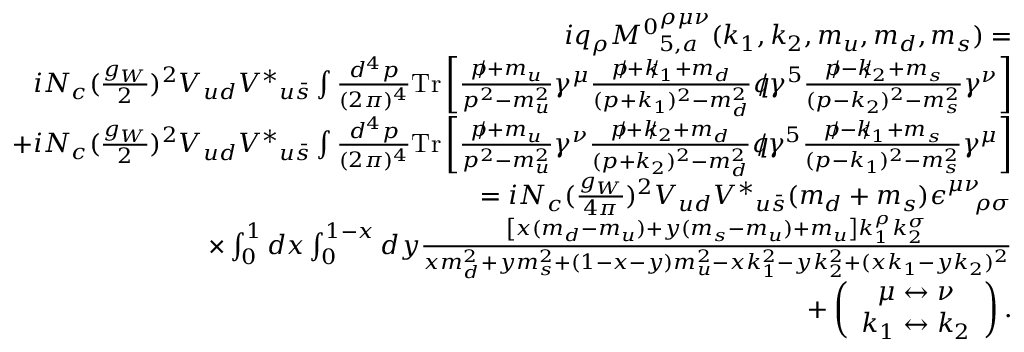
\begin{array} { r l r } & { } & { i q _ { \rho } { M ^ { 0 } } _ { 5 , a } ^ { \rho \mu \nu } ( k _ { 1 } , k _ { 2 } , m _ { u } , m _ { d } , m _ { s } ) = } \\ & { } & { i N _ { c } ( \frac { g _ { W } } { 2 } ) ^ { 2 } V _ { u d } { V ^ { \ast } } _ { u \bar { s } } \int \frac { d ^ { 4 } p } { ( 2 \pi ) ^ { 4 } } \mathrm { { T r } } \left[ \frac { p \! \! \! / + m _ { u } } { p ^ { 2 } - m _ { u } ^ { 2 } } \gamma ^ { \mu } \frac { p \! \! \! / + k \! \! \! / _ { 1 } + m _ { d } } { ( p + k _ { 1 } ) ^ { 2 } - m _ { d } ^ { 2 } } q \! \! \! / \gamma ^ { 5 } \frac { p \! \! \! / - k \! \! \! / _ { 2 } + m _ { s } } { ( p - k _ { 2 } ) ^ { 2 } - m _ { s } ^ { 2 } } \gamma ^ { \nu } \right] } \\ & { } & { + i N _ { c } ( \frac { g _ { W } } { 2 } ) ^ { 2 } V _ { u d } { V ^ { \ast } } _ { u \bar { s } } \int \frac { d ^ { 4 } p } { ( 2 \pi ) ^ { 4 } } { \mathrm { T r } } \left[ \frac { p \! \! \! / + m _ { u } } { p ^ { 2 } - m _ { u } ^ { 2 } } \gamma ^ { \nu } \frac { p \! \! \! / + k \! \! \! / _ { 2 } + m _ { d } } { ( p + k _ { 2 } ) ^ { 2 } - m _ { d } ^ { 2 } } q \! \! \! / \gamma ^ { 5 } \frac { p \! \! \! / - k \! \! \! / _ { 1 } + m _ { s } } { ( p - k _ { 1 } ) ^ { 2 } - m _ { s } ^ { 2 } } \gamma ^ { \mu } \right] } \\ & { } & { = i N _ { c } ( \frac { g _ { W } } { 4 \pi } ) ^ { 2 } V _ { u d } { V ^ { \ast } } _ { u \bar { s } } ( m _ { d } + m _ { s } ) \epsilon _ { \quad \rho \sigma } ^ { \mu \nu } } \\ & { } & { \times \int _ { 0 } ^ { 1 } d x \int _ { 0 } ^ { 1 - x } d y \frac { \left[ x ( m _ { d } - m _ { u } ) + y ( m _ { s } - m _ { u } ) + m _ { u } \right] k _ { 1 } ^ { \rho } k _ { 2 } ^ { \sigma } } { x m _ { d } ^ { 2 } + y m _ { s } ^ { 2 } + ( 1 - x - y ) m _ { u } ^ { 2 } - x k _ { 1 } ^ { 2 } - y k _ { 2 } ^ { 2 } + ( x k _ { 1 } - y k _ { 2 } ) ^ { 2 } } } \\ & { } & { + \left( \begin{array} { c } { \mu \leftrightarrow \nu } \\ { k _ { 1 } \leftrightarrow k _ { 2 } } \end{array} \right) . } \end{array}